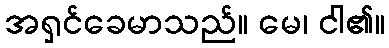
အရှင်ခေမာသည်။ မေ၊ ငါ၏။